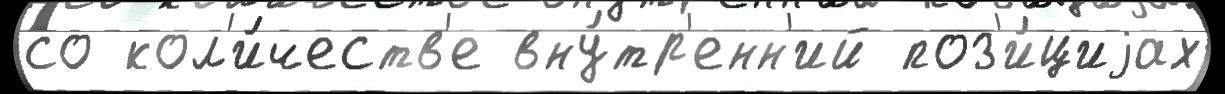
со кол'и́честв'е вну́тр'енн'ий поз'и́циjах